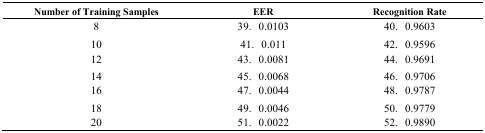
<table><thead><tr><td><b>Number of Training Samples</b></td><td colspan="2"><b>EER</b></td><td colspan="2"><b>Recognition Rate</b></td></tr></thead><tbody><tr><td>8</td><td>39.</td><td>0.0103</td><td>40.</td><td>0.9603</td></tr><tr><td>10</td><td>41.</td><td>0.011</td><td>42.</td><td>0.9596</td></tr><tr><td>12</td><td>43.</td><td>0.0081</td><td>44.</td><td>0.9691</td></tr><tr><td>14</td><td>45.</td><td>0.0068</td><td>46.</td><td>0.9706</td></tr><tr><td>16</td><td>47.</td><td>0.0044</td><td>48.</td><td>0.9787</td></tr><tr><td>18</td><td>49.</td><td>0.0046</td><td>50.</td><td>0.9779</td></tr><tr><td>20</td><td>51.</td><td>0.0022</td><td>52.</td><td>0.9890</td></tr></tbody></table>